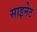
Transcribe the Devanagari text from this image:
साइनेट